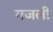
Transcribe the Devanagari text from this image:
गजली